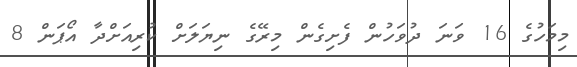
މިމަހުގެ 16 ވަނަ ދުވަހުން ފެށިގެން މިރޭގެ ނިޔަލަށް ކުރިއަށްދާ އޯޕަން 8